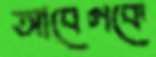
আবেগকে